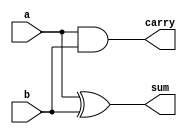
// Copyright 2003 Star Galaxy Publishing

module half_adder (a, b, sum, carry);
  input a, b;
  output sum, carry;

  assign   sum = a ^ b;
  assign  carry = a & b;
endmodule